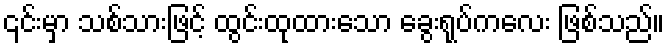
၎င်းမှာ သစ်သားဖြင့် ထွင်းထုထားသော ခွေးရုပ်ကလေး ဖြစ်သည်။